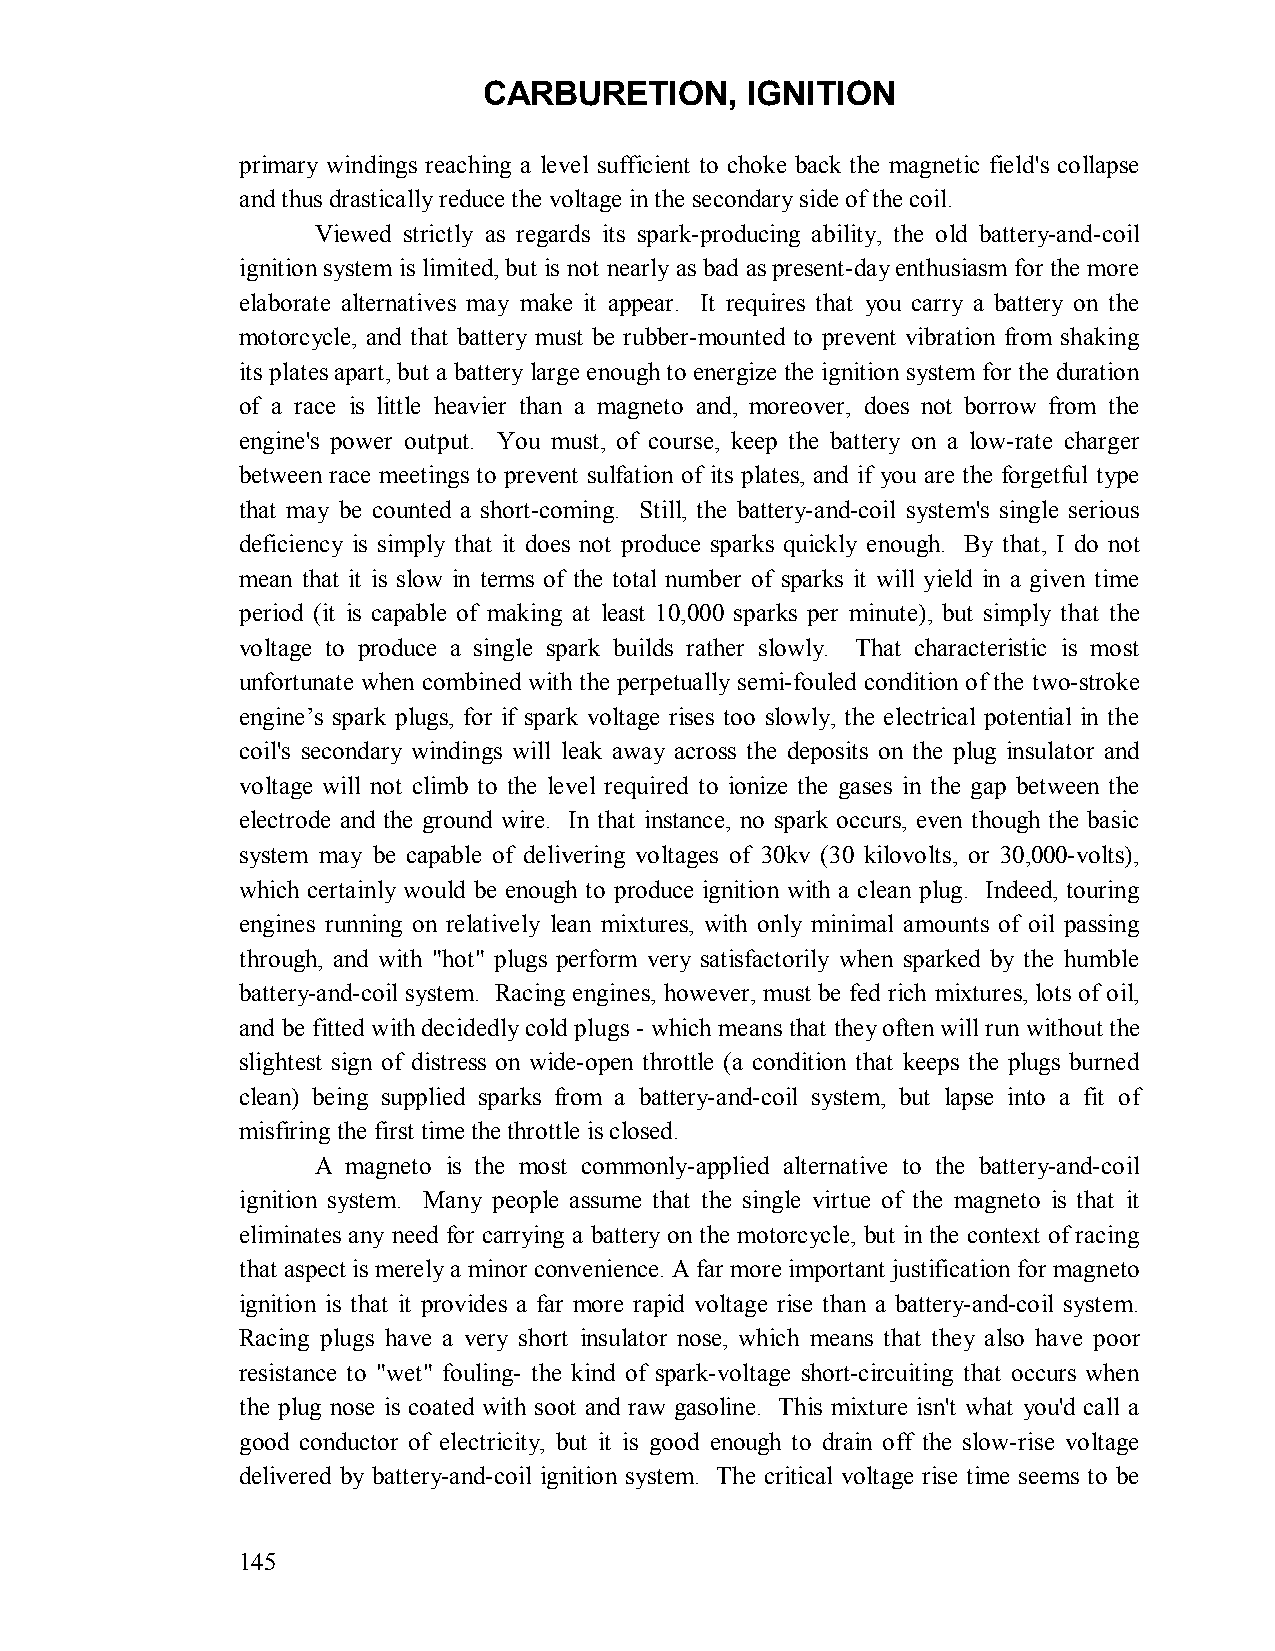
CARBURETION,     IGNITION
 primary windings reaching a level sufficient to choke back the magnetic field's collapse
 and thus drastically reduce the voltage in the secondary side of the coil.
 Viewed strictly as regards its spark-producing ability, the old battery-and-coil
 ignition system is limited, but is not nearly as bad as present-day enthusiasm for the more
 elaborate alternatives may make it appear. It requires that you carry a battery on the
 motorcycle, and that battery must be rubber-mounted to prevent vibration from shaking
 its plates apart, but a battery large enough to energize the ignition system for the duration
 of a race is little heavier than a magneto and, moreover, does not borrow from the
 engine's power output. You must, of course, keep the battery on a low-rate charger
 between race meetings to prevent sulfation of its plates, and if you are the forgetful type
 that may be counted a short-coming. Still, the battery-and-coil system's single serious
 deficiency is simply that it does not produce sparks quickly enough. By that, I do not
 mean that it is slow in terms of the total number of sparks it will yield in a given time
 period (it is capable of making at least 10,000 sparks per minute), but simply that the
 voltage to produce a single spark builds rather slowly. That characteristic is most
 unfortunate when combined with the perpetually semi-fouled condition of the two-stroke
 engine’s spark plugs, for if spark voltage rises too slowly, the electrical potential in the
 coil's secondary windings will leak away across the deposits on the plug insulator and
 voltage will not climb to the level required to ionize the gases in the gap between the
 electrode and the ground wire. In that instance, no spark occurs, even though the basic
 system may be capable of delivering voltages of 30kv (30 kilovolts, or 30,000-volts),
 which certainly would be enough to produce ignition with a clean plug. Indeed, touring
 engines running on relatively lean mixtures, with only minimal amounts of oil passing
 through, and with "hot" plugs perform very satisfactorily when sparked by the humble
 battery-and-coil system. Racing engines, however, must be fed rich mixtures, lots of oil,
 and be fitted with decidedly cold plugs - which means that they often will run without the
 slightest sign of distress on wide-open throttle (a condition that keeps the plugs burned
 clean) being supplied sparks from a battery-and-coil system, but lapse into a fit of
 misfiring the first time the throttle is closed.
 A magneto is the most commonly-applied alternative to the battery-and-coil
 ignition system. Many people assume that the single virtue of the magneto is that it
 eliminates any need for carrying a battery on the motorcycle, but in the context of racing
 that aspect is merely a minor convenience. A far more important justification for magneto
 ignition is that it provides a far more rapid voltage rise than a battery-and-coil system.
 Racing plugs have a very short insulator nose, which means that they also have poor
 resistance to "wet" fouling- the kind of spark-voltage short-circuiting that occurs when
 the plug nose is coated with soot and raw gasoline. This mixture isn't what you'd call a
 good conductor of electricity, but it is good enough to drain off the slow-rise voltage
 delivered by battery-and-coil ignition system. The critical voltage rise time seems to be
 145